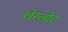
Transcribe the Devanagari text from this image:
शेरलोट